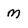
Character: m